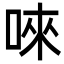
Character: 唻